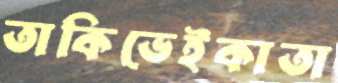
তাকিভেইকাতা